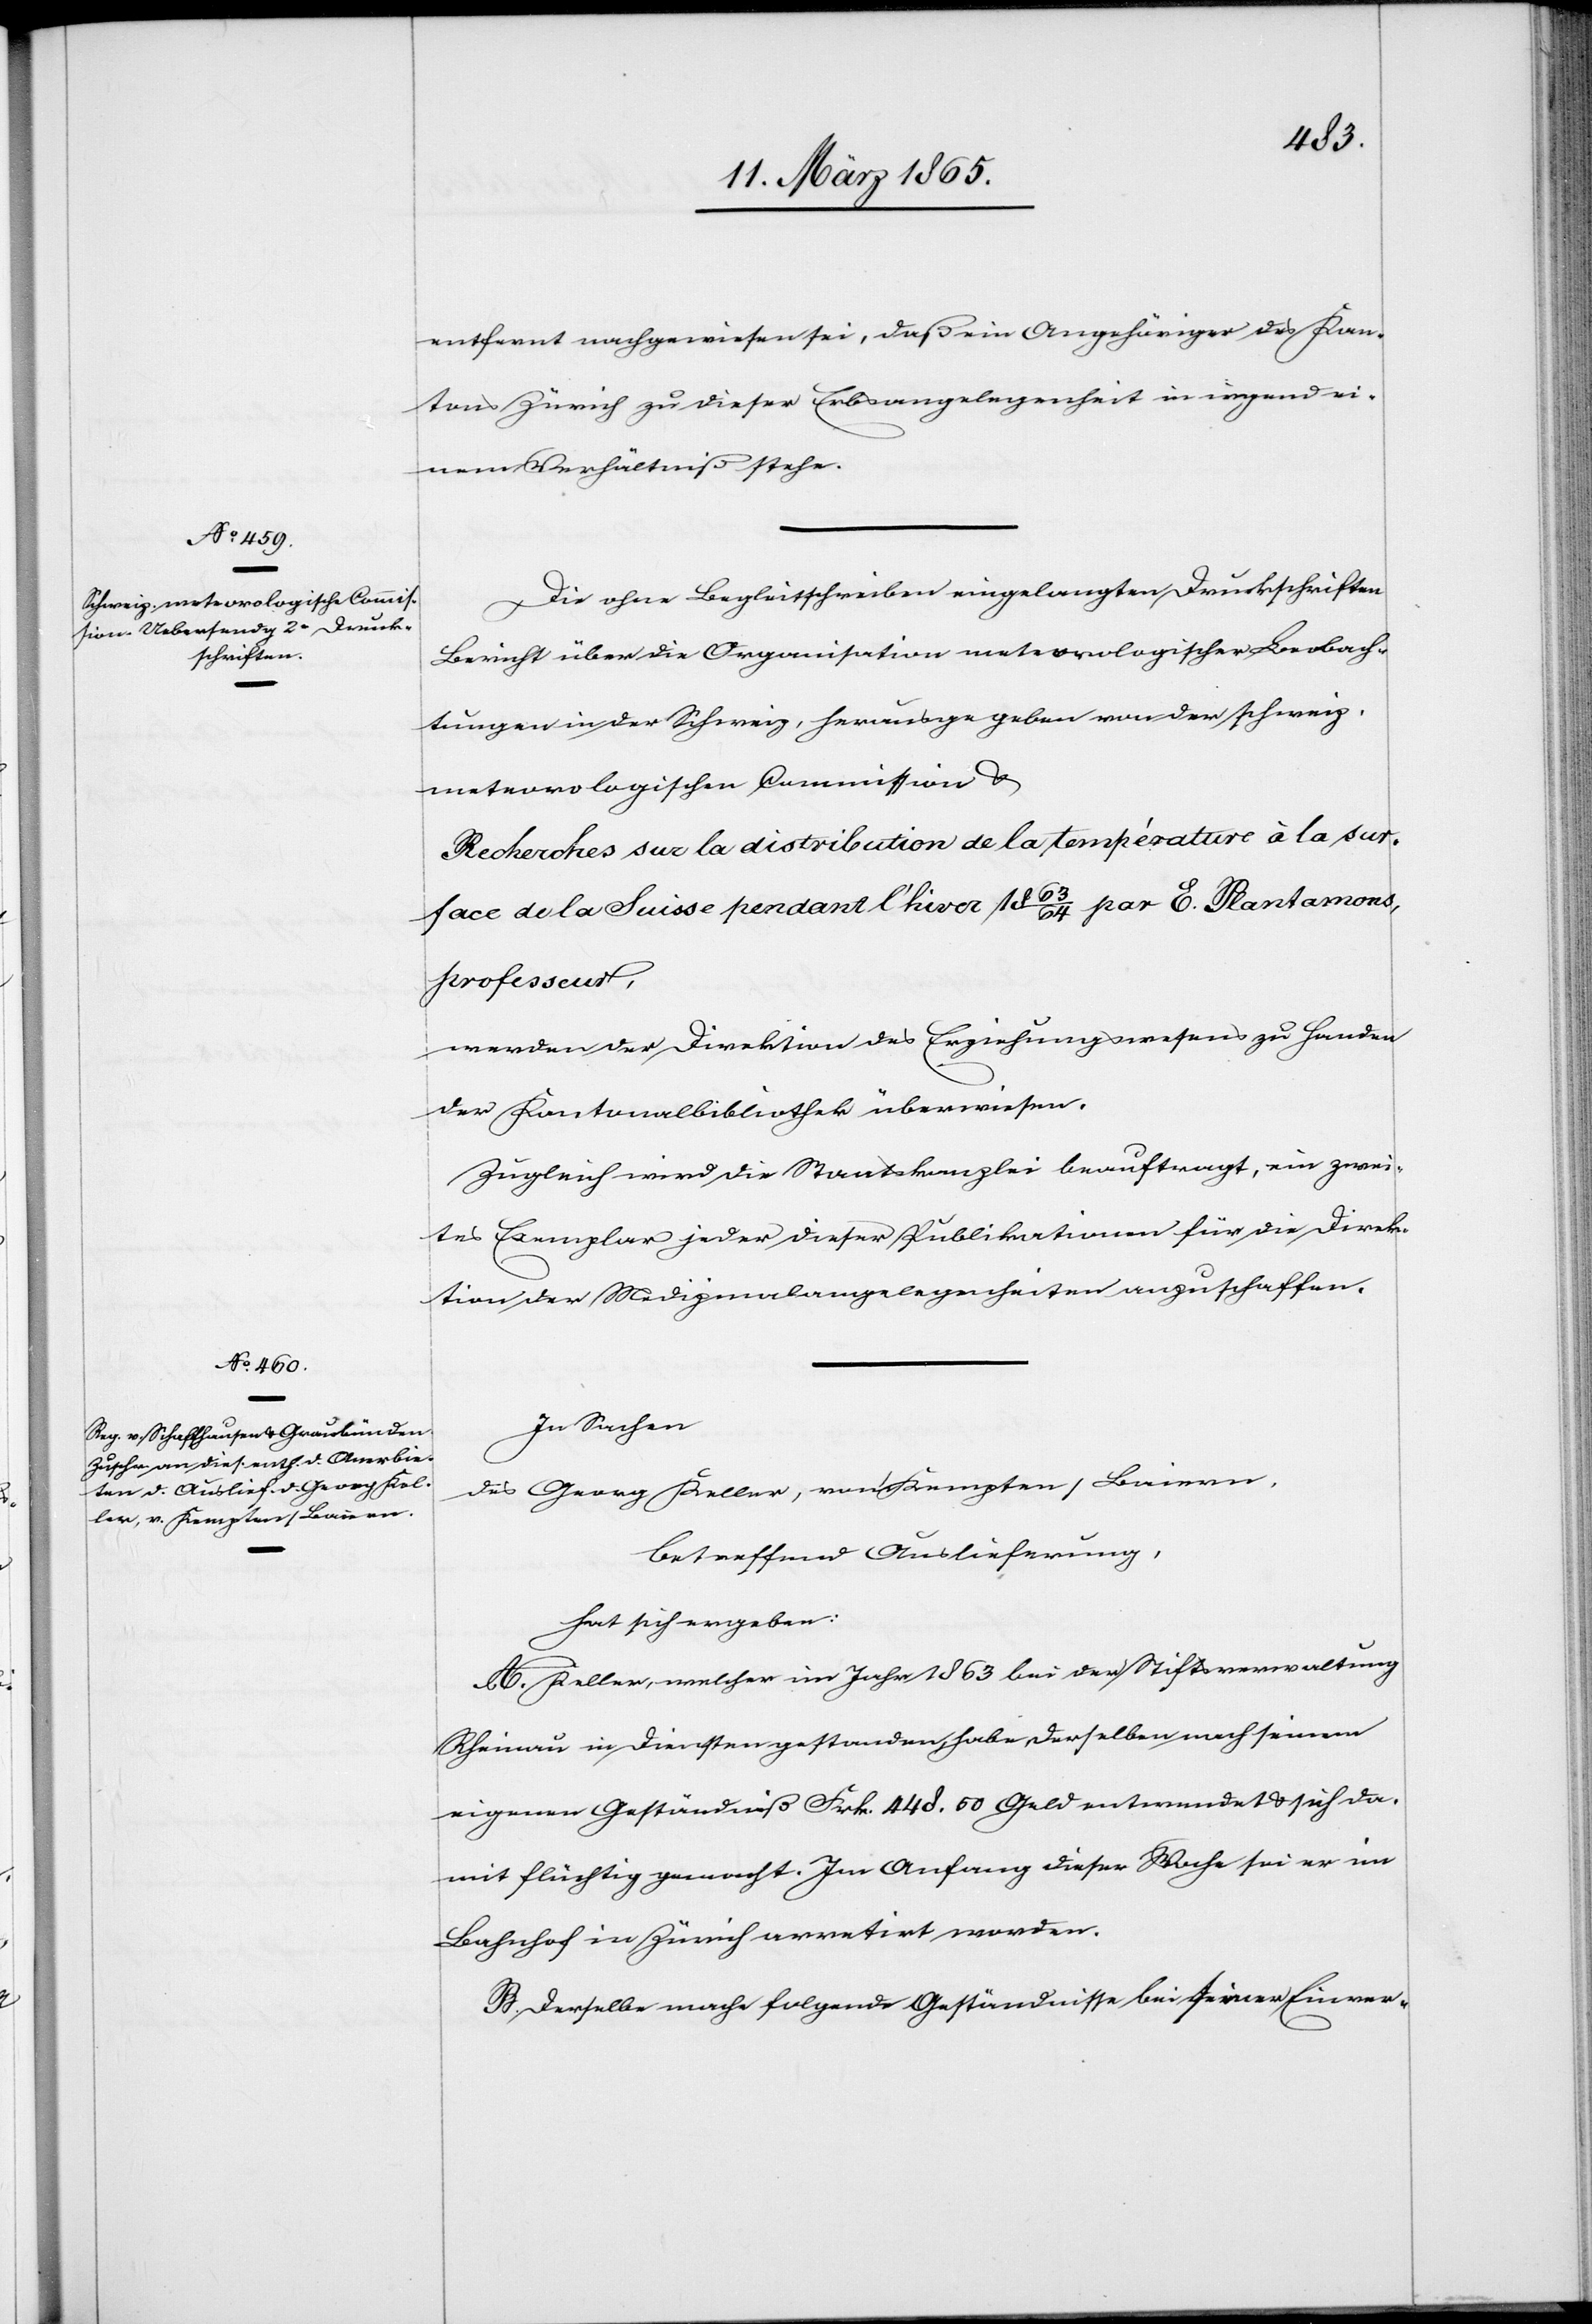
entfernt nachgewiesen sei, daß ein Angehöriger des Kan¬
tons Zürich zu dieser Erbsangelegenheit in irgend ei¬
nem Verhältniß stehe.
Die ohne Begleitschreiben eingelangten Druckschriften
Bericht über die Organisation meteorologischer Beobach¬
tungen in der Schweiz, herausgegeben von der schweiz.
meteorologischen Commission &
Recherches sur la distribution de la température à la sur¬
face de la Suisse pendant l’hiver 1863/64 par E. Plantamons,
professeur,
werden der Direktion des Erziehungswesens zu Handen
der Kantonalbibliothek überwiesen.
Zugleich wird die Staatskanzlei beauftragt, ein zwei¬
tes Exemplar jeder dieser Publikationen für die Direk¬
tion der Medizinalangelegenheiten anzuschaffen.
In Sachen
des Georg Keller, von Kempten/Baiern,
betreffend Auslieferung,
hat sich ergeben:
A. Keller, welcher im Jahr 1863 bei der Stiftsverwaltung
Rheinau in Diensten gestanden, habe derselben nach seinem
eigenen Geständniß Frk. 448. 50 Geld entwendet & sich da¬
mit flüchtig gemacht. Im Anfang dieser Woche sei er im
Bahnhof in Zürich arretirt worden.
B. Derselbe mache folgende Geständnisse bei seiner Einver-